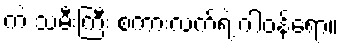
ကဲ သမီးကြီး စကားလက်ရဲ့ ဂါဝန်ရော။